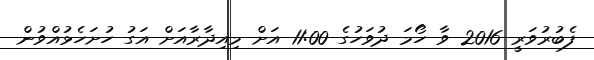
ފެބުރުވަރީ 2016 ވާ ހޯމަ ދުވަހުގެ 11:00 އަށް މިއިދާރާއަށް އަގު ހުށަހެޅުއްވުން